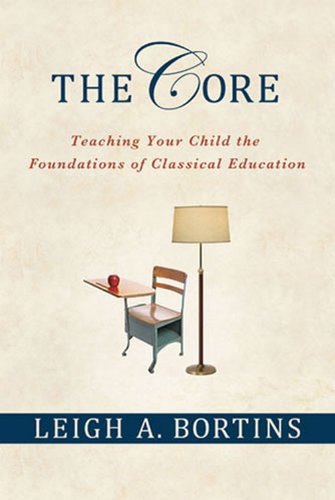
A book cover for The Core: Teaching Your Child the Foundations of Classical Education; Leigh A. Bortins; Education & Teaching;